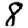
Digit: 8